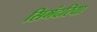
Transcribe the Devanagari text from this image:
सिमंदरिया